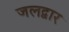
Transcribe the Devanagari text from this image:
जलद्वार